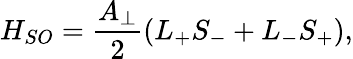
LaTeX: H_{SO}=\frac{A_{\perp}}{2}\left(L_{+}S_{-}+L_{-}S_{+}\right),